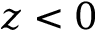
z < 0